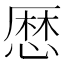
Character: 𢟍